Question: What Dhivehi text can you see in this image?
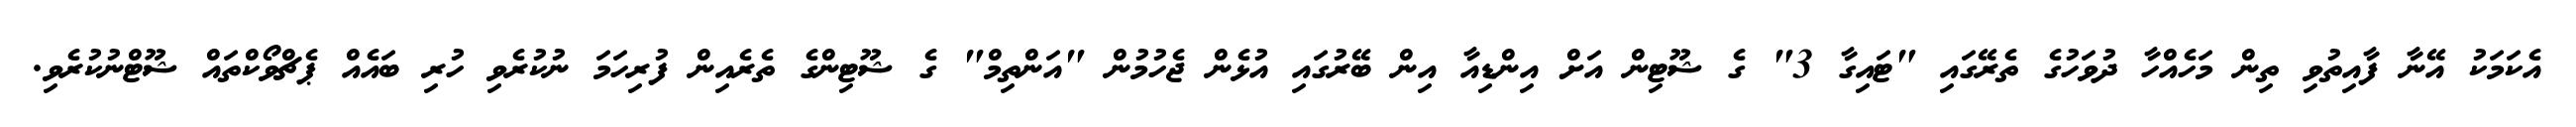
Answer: އެކަމަކު އޭނާ ފާއިތުވި ތިން މަހެއްހާ ދުވަހުގެ ތެރޭގައި "ޓައިގާ 3" ގެ ޝޫޓިން އަށް އިންޑިއާ އިން ބޭރުގައި އުޅެން ޖެހުމުން "އަންތިމް" ގެ ޝޫޓިންގެ ތެރެއިން ފުރިހަމަ ނުކުރެވި ހުރި ބައެއް ޕެޗްވޯކްތައް ޝޫޓްނުކުރެވި.